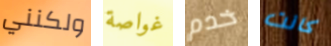
ولكنني غواصة خدم كانت